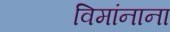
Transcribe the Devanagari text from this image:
विमांनाना